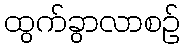
ထွက်ခွာလာစဉ်